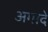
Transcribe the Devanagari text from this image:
अगादे